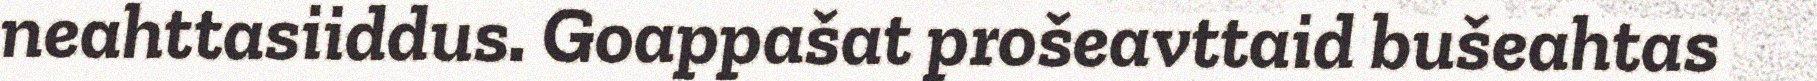
neahttasiiddus. Goappašat prošeavttaid bušeahtas